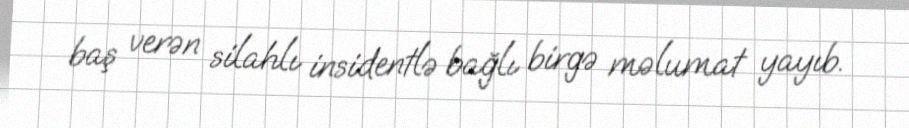
baş verən silahlı insidentlə bağlı birgə məlumat yayıb.